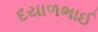
દયાળભાઈ